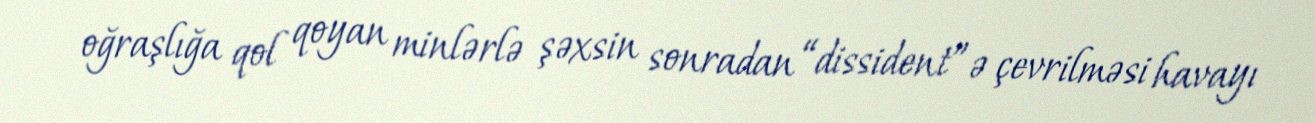
oğraşlığa qol qoyan minlərlə şəxsin sonradan “dissident”ə çevrilməsi havayı